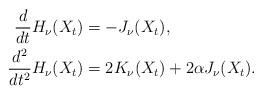
LaTeX: \begin{align*}\frac{d}{dt} H_\nu(X_t) &= -J_\nu(X_t), \\\frac{d^2}{dt^2} H_\nu(X_t) &= 2K_\nu(X_t) + 2\alpha J_\nu(X_t).\end{align*}